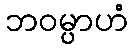
ဘဝမ္ပာဟံ